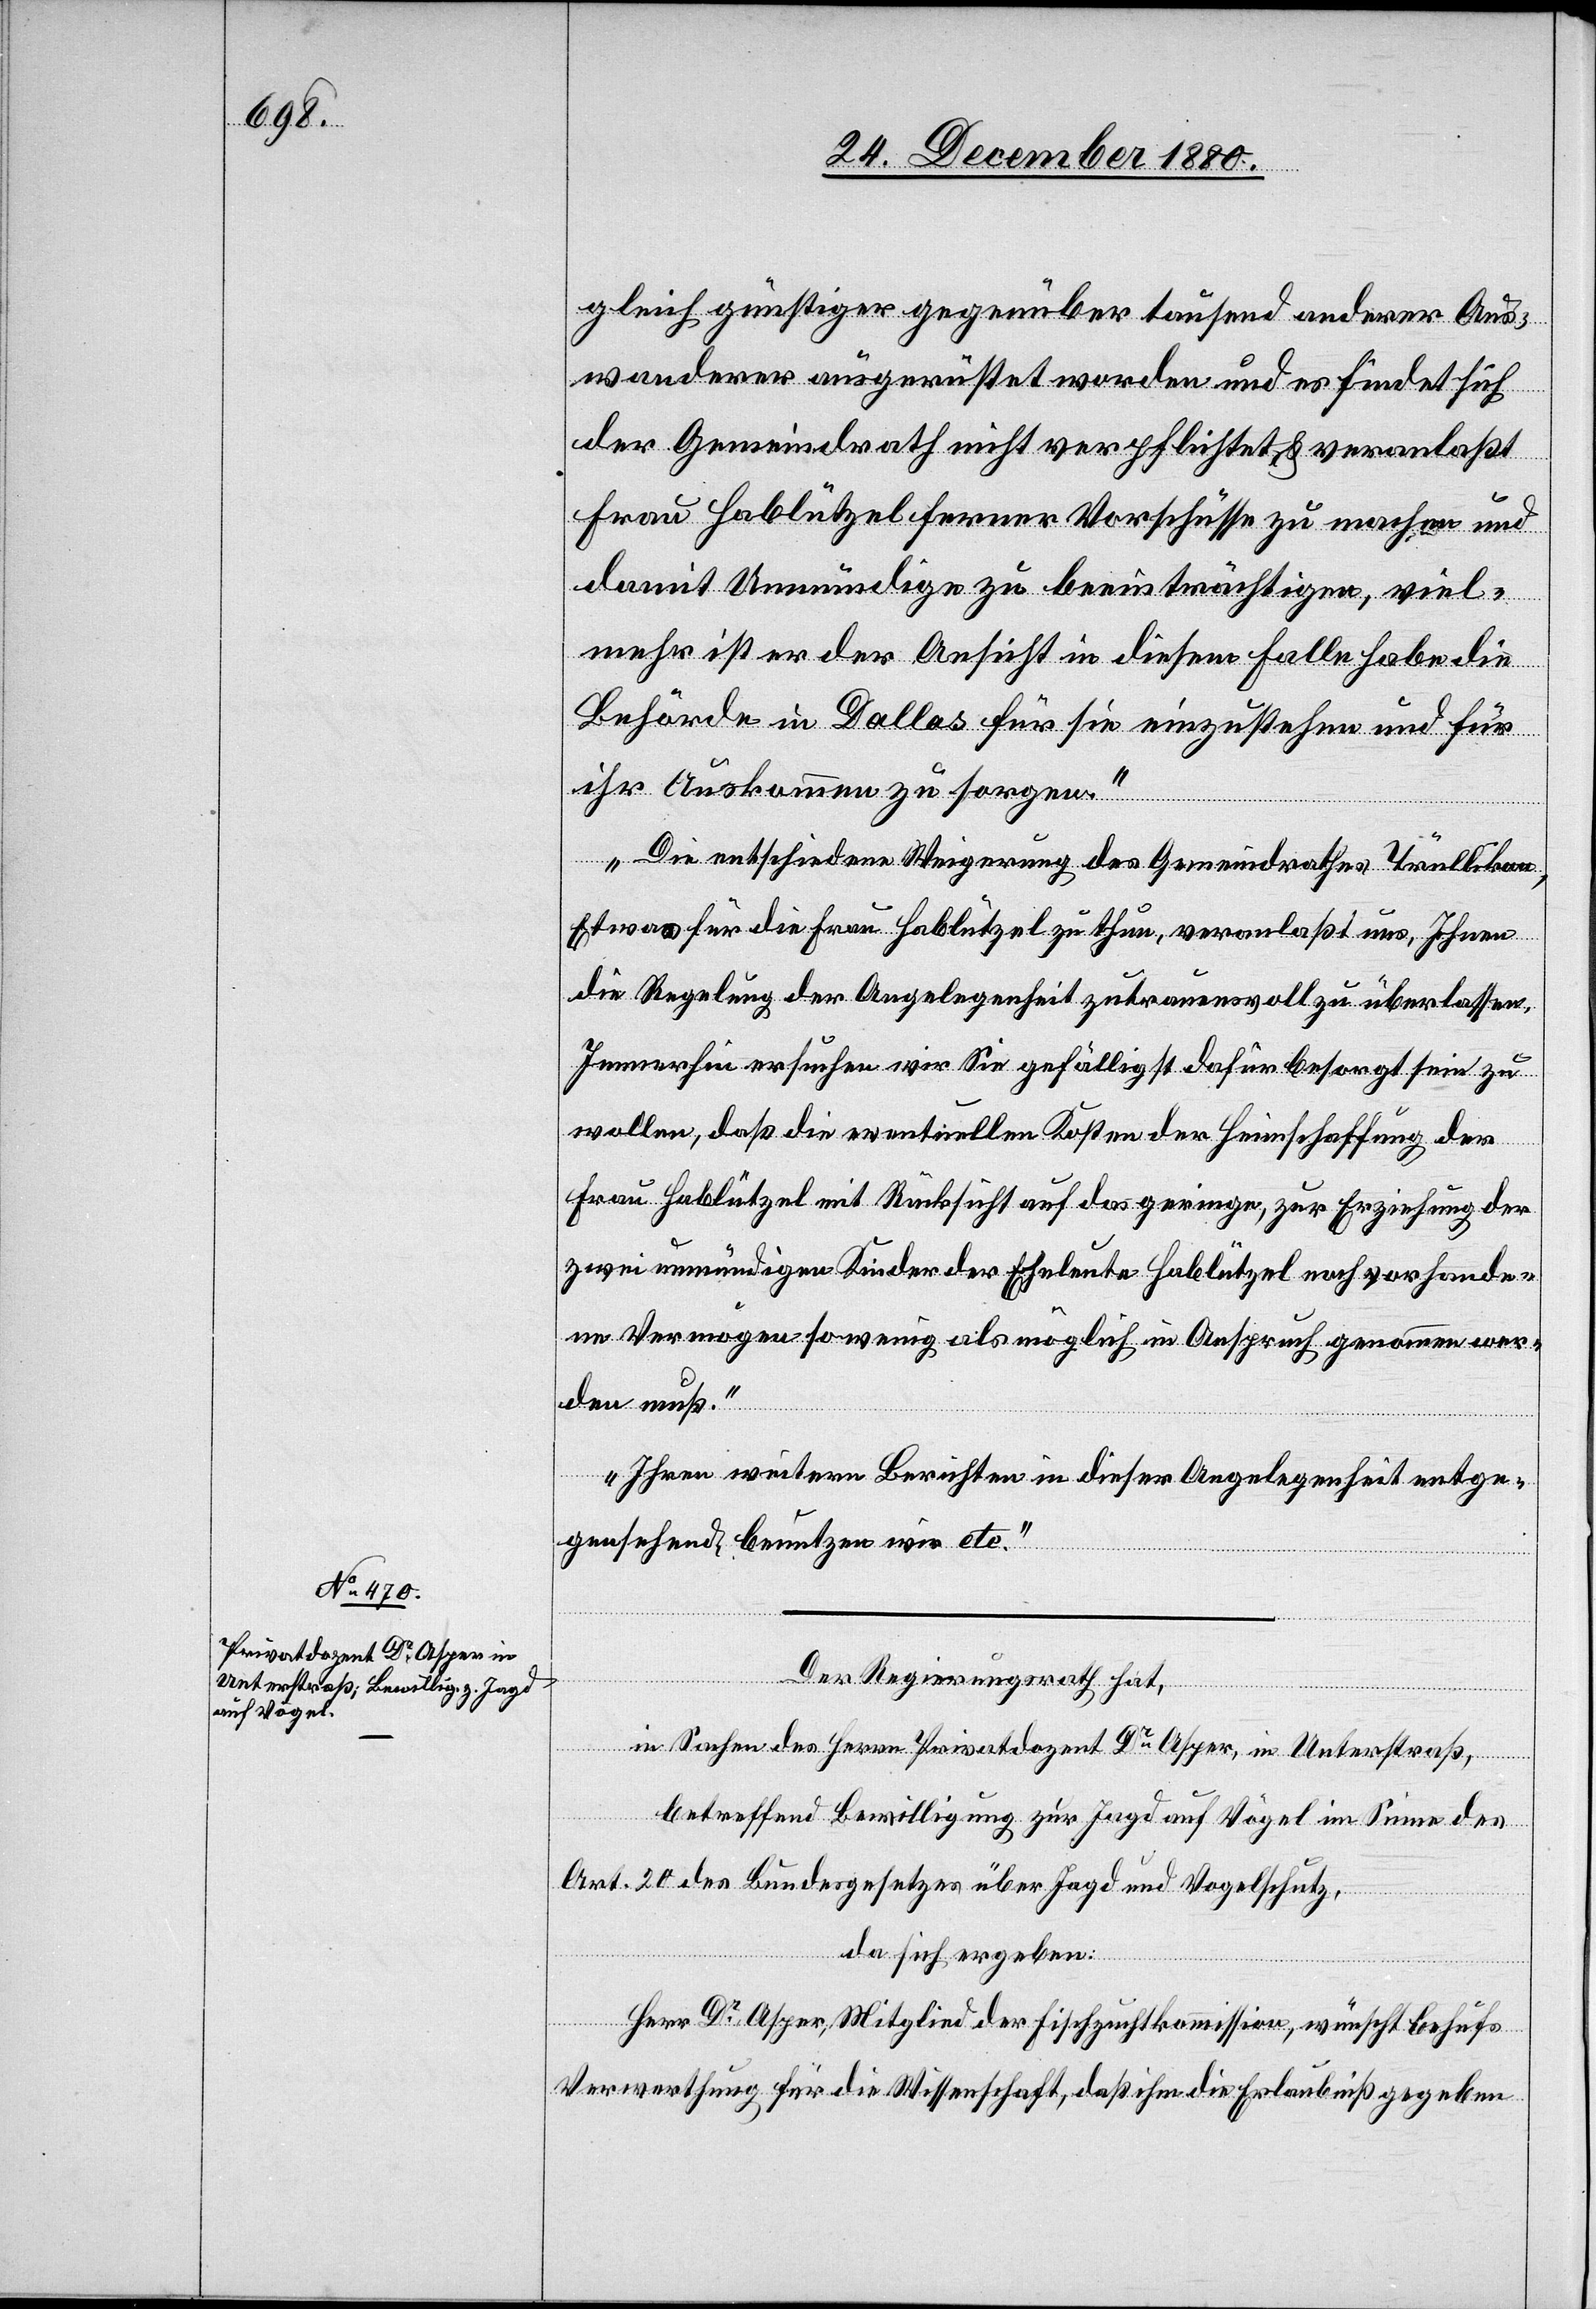
gleich günstiger gegenüber tausend anderer Aus¬
wanderer ausgerüstet worden und es findet sich
der Gemeindrath nicht verpflichtet & veranlaßt
Frau Hablützel ferner Vorschüsse zu machen und
damit Unmündige zu beeinträchtigen, viel¬
mehr ist er der Ansicht in diesem Falle habe die
Behörde in Dallas für sie einzustehen und für
ihr Auskommen zu sorgen.“
Die entschiedene Weigerung des Gemeindrathes Trüllikon,
Etwas für die Frau Hablützel zu thun, veranlaßt uns, Ihnen
die Regelung der Angelegenheit zutrauensvoll zu überlassen.
Immerhin ersuchen wir Sie gefälligst dahin besorgt sein zu
wollen, daß die eventuellen Kosten der Heimschaffung der
Frau Hablützel mit Rücksicht auf das geringe, zur Erziehung der
zwei unmündigen Kinder der Eheleute Hablützel noch vorhande¬
ne Vermögen so wenig als möglich in Anspruch genommen wer¬
den muß.
Ihren weitern Berichten in dieser Angelegenheit entge¬
gensehend, benutzen wir etc.“
Der Regierungsrath hat,
in Sachen des Herrn Privatdozent Dr Asper, in Unterstraß,
betreffend Bewilligung zur Jagd auf Vögel im Sinne des
Art. 20 des Bundesgesetzes über Jagd und Vogelschutz,
da sich ergeben:
Herr Dr Asper, Mitglied der Fischzuchtkommission, wünscht behufs
Verwerthung für die Wissenschaft, daß ihm die Erlaubniß gegeben